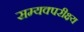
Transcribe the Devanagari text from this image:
सम्यक्परीक्ष्य